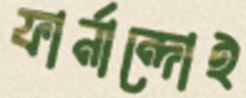
ফার্নান্দোই